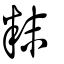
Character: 粖